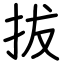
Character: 拔